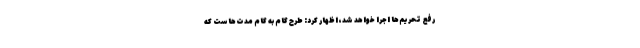
رفع تحریم‌ها اجرا خواهد شد، اظهار کرد: طرح گام به گام مدت‌هاست که